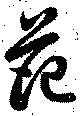
范